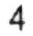
4